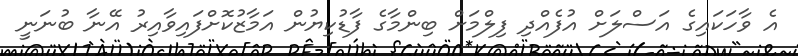
އެ ވާހަކައިގެ އަސްލަށް އުފެއްދި ފިލްމަށް ބިންމާގެ ފާޑުކިޔުން އަމާޒުކޮށްފައިވާއިރު އޭނާ ބުނަނީ